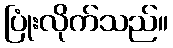
ပြုံးလိုက်သည်။